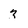
Character: 3